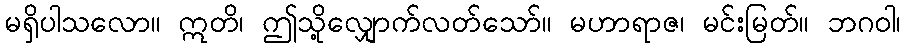
မရှိပါသလော။ ဣတိ၊ ဤသို့လျှောက်လတ်သော်။ မဟာရာဇ၊ မင်းမြတ်။ ဘဂဝါ၊